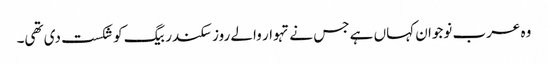
وہ عرب نوجوان کہاں ہے جس نے تہوار والے روز سکندر بیگ کو شکست دی تھی۔